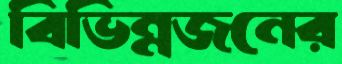
বিভিন্নজনের